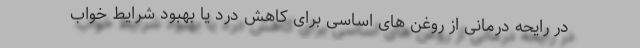
در رایحه درمانی از روغن های اساسی برای کاهش درد یا بهبود شرایط خواب